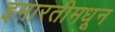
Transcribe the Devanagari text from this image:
इमारतीमधून